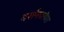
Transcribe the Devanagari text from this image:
दर्शनपरंपरा